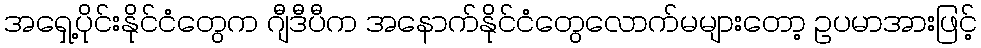
အရှေ့ပိုင်းနိုင်ငံတွေက ဂျီဒီပီက အနောက်နိုင်ငံတွေလောက်မများတော့ ဥပမာအားဖြင့်